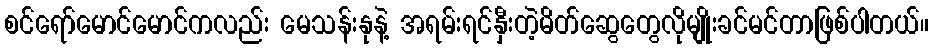
စင်ရော်မောင်မောင်ကလည်း မေသန်းနုနဲ့ အရမ်းရင်နှီးတဲ့မိတ်ဆွေတွေလိုမျိုးခင်မင်တာဖြစ်ပါတယ်။